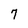
Character: 7